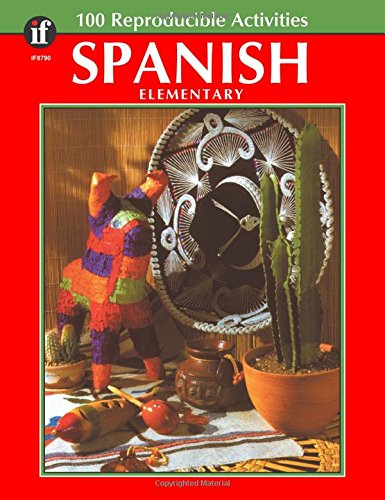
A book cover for Spanish, : Elementary ( 100 Reproducible Activities); Rose Thomas; Science & Math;